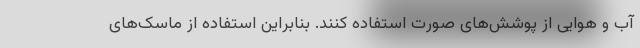
آب و هوایی از پوشش‌های صورت استفاده کنند. بنابراین استفاده از ماسک‌های